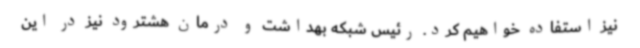
نیز استفاده خواهیم کرد. رئیس شبکه بهداشت و درمان هشترود نیز در این